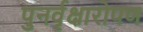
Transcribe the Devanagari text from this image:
पुनर्वृक्षारोपण